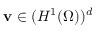
{ \mathbf v } \in ( H ^ { 1 } ( \Omega ) ) ^ { d }